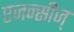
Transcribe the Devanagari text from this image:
एजन्सीज्